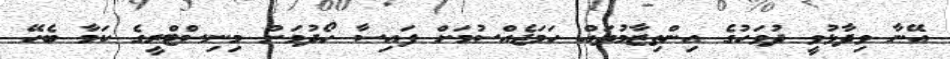
އޭނާ ވިދާޅުވީ ދުވަހުގެ އިންތިޒާމުތައް ހަމަޖެއްސުމަށް ފައިސާ ހޯދުމަށް މިނިސްޓްރީގެ ކަމާ ބެހޭ